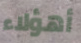
أهؤلاء